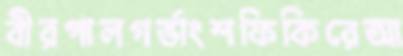
বীরপালগর্ভাংশফিকিরেআ